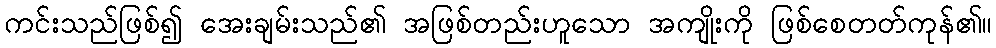
ကင်းသည်ဖြစ်၍ အေးချမ်းသည်၏ အဖြစ်တည်းဟူသော အကျိုးကို ဖြစ်စေတတ်ကုန်၏။